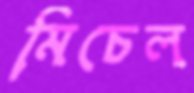
মিচেল